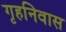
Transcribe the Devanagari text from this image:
गृहनिवास